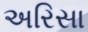
અરિસા